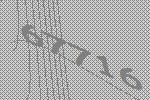
67716